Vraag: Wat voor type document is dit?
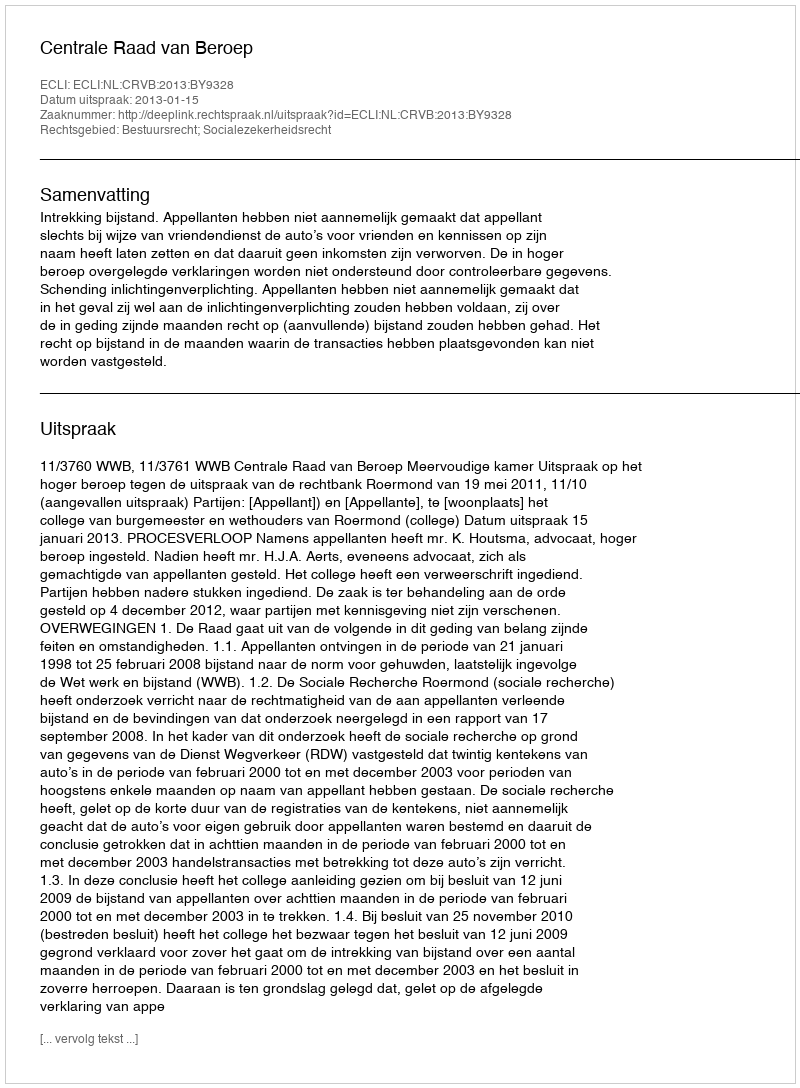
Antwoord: Uitspraak